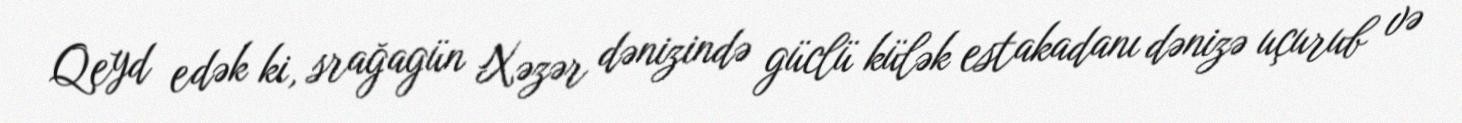
Qeyd edək ki, srağagün Xəzər dənizində güclü külək estakadanı dənizə uçurub və